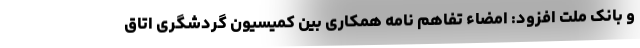
و بانک ملت افزود: امضاء تفاهم نامه همکاری بین کمیسیون گردشگری اتاق